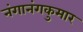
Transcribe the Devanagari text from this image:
नंगानंगकुमार